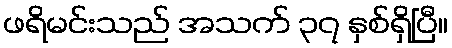
ဖရိမင်းသည် အသက် ၃၇ နှစ်ရှိပြီ။